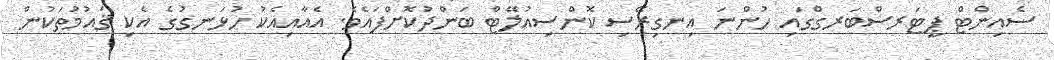
ސެއިންޓް ޕީޓަރސްބަރގްގައި ހުންނަ އިނގިރޭސި ކޮންސިއުލޭޓް ބަންދުކޮށްފައެވެ. އެއާއިއެކު ހުޅަނގުގެ އެކި ޤައުމުތަކުން